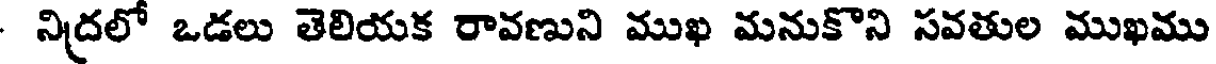
నిద్రలో ఒడలు తెలియక రావణుని ముఖ మనుకొని సవతుల ముఖము